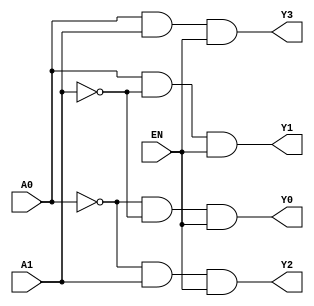
// Lab 2 Part 3
// Design a 2-to-4 decoder

// Module 2-to-4 decoder (output, output, output, output, input, input, input)
module dec2_to_4 (Y0, Y1, Y2, Y3, A0, A1, EN);
	
	// Port declaration
	input A0, A1, EN;
	output Y0, Y1, Y2, Y3;
	
	// Internal wire
	wire U0, U1;
	
	// Not gate (output, input)
	not (U0, A0);
	not (U1, A1);
	
	// 3 input and gate (output, input, input, input)
	and (Y0, U0, U1, EN);
	and (Y1, A0, U1, EN);
	and (Y2, U0, A1, EN);
	and (Y3, A0, A1, EN);
endmodule